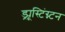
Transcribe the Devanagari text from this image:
ड्र्यूस्टिंग्न्टन